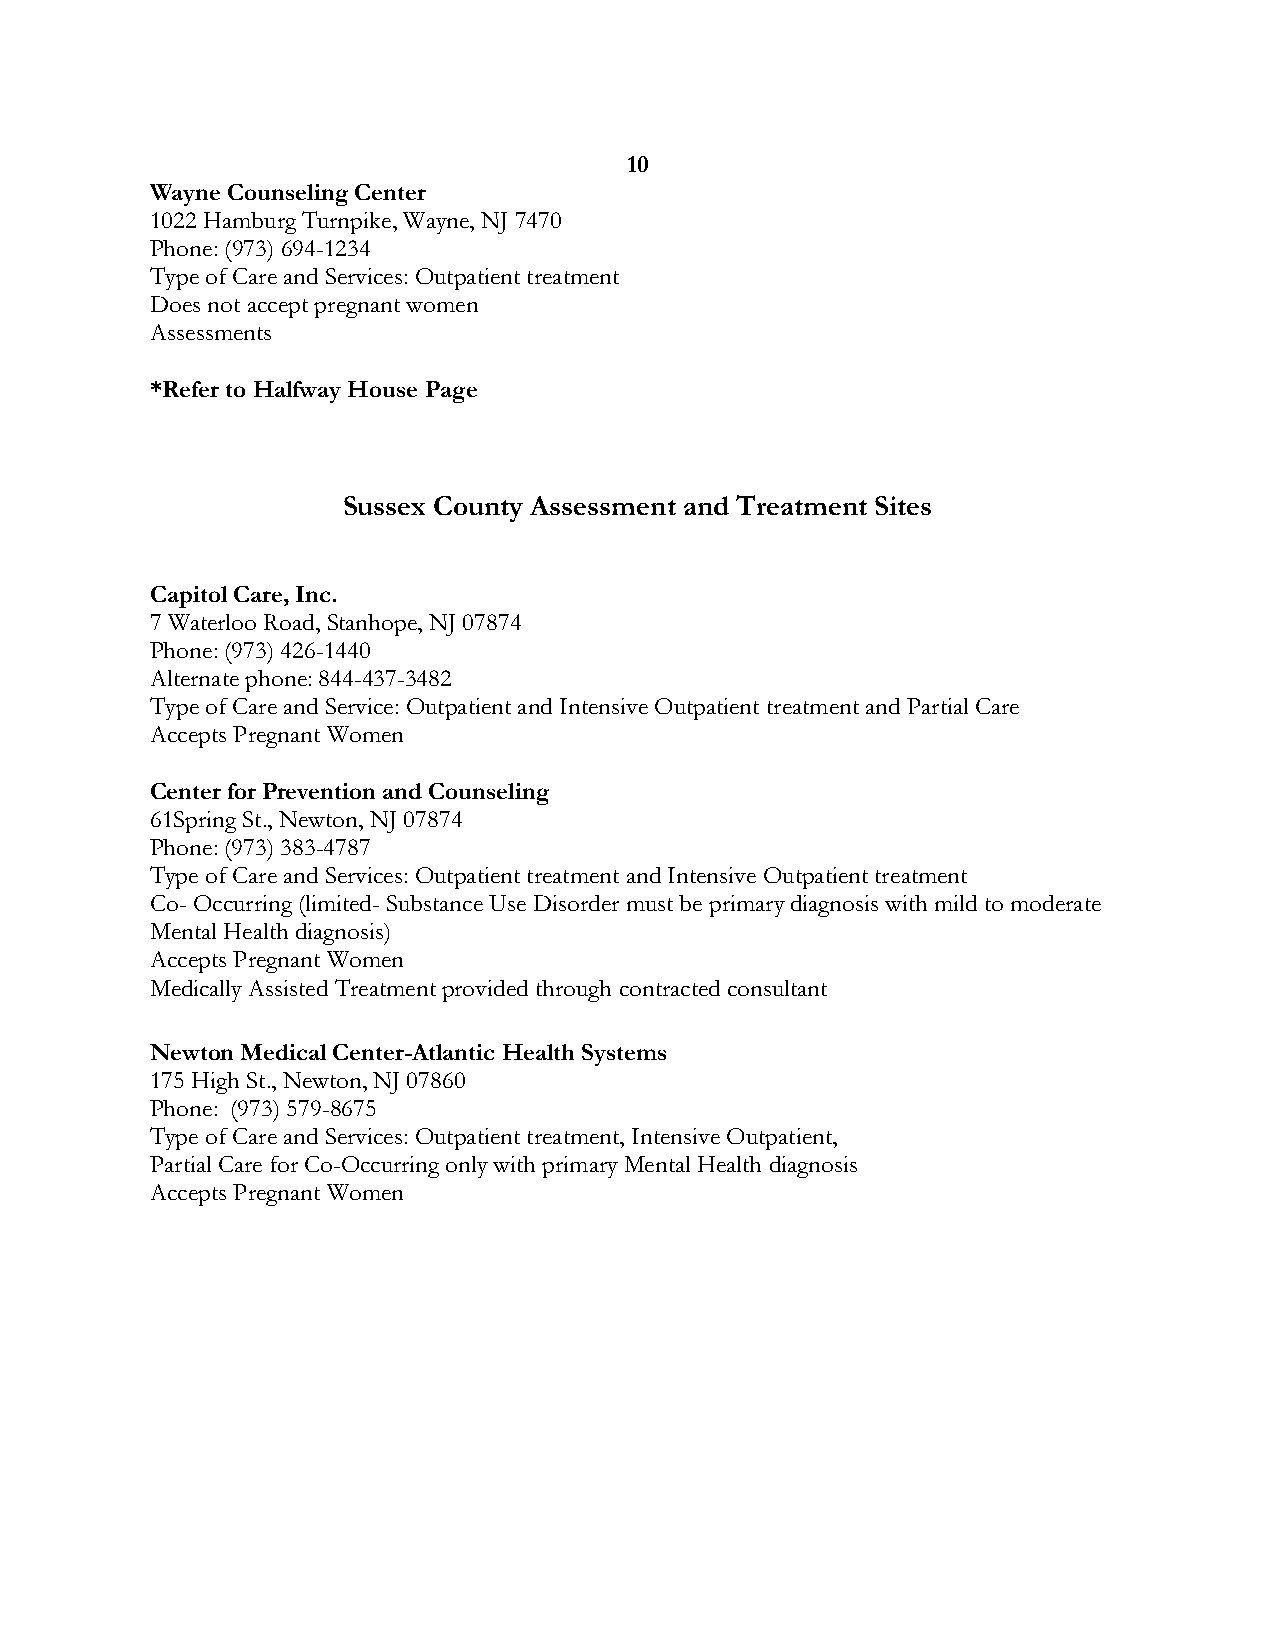
10
 Wayne Counseling Center
 1022 Hamburg Turnpike, Wayne, NJ 7470
 Phone: (973) 694-1234
 Type of Care and Services: Outpatient treatment
 Does not accept pregnant women
 Assessments
 *Refer to Halfway House Page
 Sussex County Assessment and Treatment Sites
 Capitol Care, Inc.
 7 Waterloo Road, Stanhope, NJ 07874
 Phone: (973) 426-1440
 Alternate phone: 844-437-3482
 Type of Care and Service: Outpatient and Intensive Outpatient treatment and Partial Care
 Accepts Pregnant Women
 Center for Prevention and Counseling
 61Spring St., Newton, NJ 07874
 Phone: (973) 383-4787
 Type of Care and Services: Outpatient treatment and Intensive Outpatient treatment
 Co- Occurring (limited- Substance Use Disorder must be primary diagnosis with mild to moderate
 Mental Health diagnosis)
 Accepts Pregnant Women
 Medically Assisted Treatment provided through contracted consultant
 Newton Medical Center-Atlantic Health Systems
 175 High St., Newton, NJ 07860
 Phone: (973) 579-8675
 Type of Care and Services: Outpatient treatment, Intensive Outpatient,
 Partial Care for Co-Occurring only with primary Mental Health diagnosis
 Accepts Pregnant Women